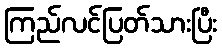
ကြည်လင်ပြတ်သားပြီး